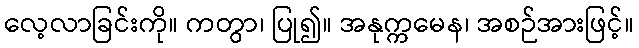
လေ့လာခြင်းကို။ ကတွာ၊ ပြု၍။ အနုက္ကမေန၊ အစဉ်အားဖြင့်။